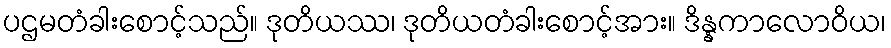
ပဌမတံခါးစောင့်သည်။ ဒုတိယဿ၊ ဒုတိယတံခါးစောင့်အား။ ဒိန္နကာလောဝိယ၊